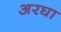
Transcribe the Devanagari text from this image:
अरघा